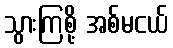
သွားကြစို့ အစ်မငယ်